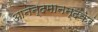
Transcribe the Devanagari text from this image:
आनन्दमानन्दकरं